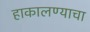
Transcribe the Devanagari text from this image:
हाकालण्याचा